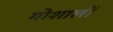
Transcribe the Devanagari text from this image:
गोशालों